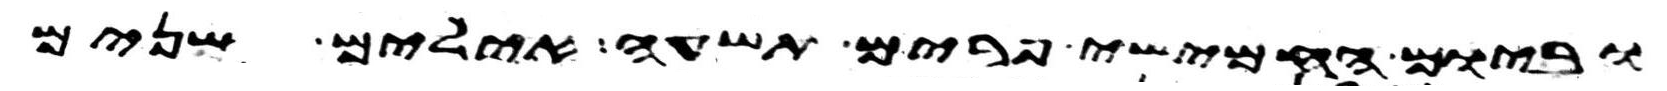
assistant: וביום החמישי פרים תשעה אילים שנים